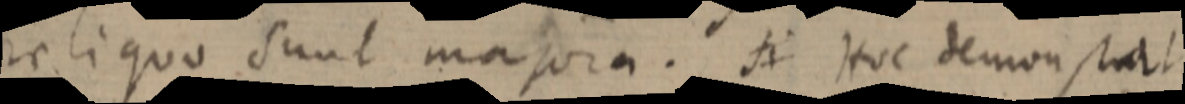
reliquo sunt majora. si Hoc demonstrat